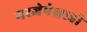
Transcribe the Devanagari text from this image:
गरजेपेक्षाही